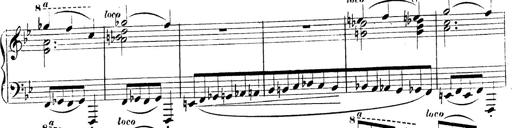
Title: 3 Caprices-Valses
Composer: Franz Liszt